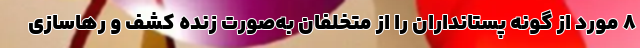
۸ مورد از گونه پستانداران را از متخلفان به‌صورت زنده کشف و رهاسازی